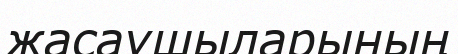
жасаушыларының